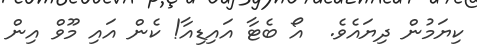
ކިޔަމުން ދިޔައެވެ.  އޯ ބެޓާ އައިޑިއާ! ކެން އައި މޫވް އިން